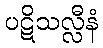
ပဋိသလ္လီနံ